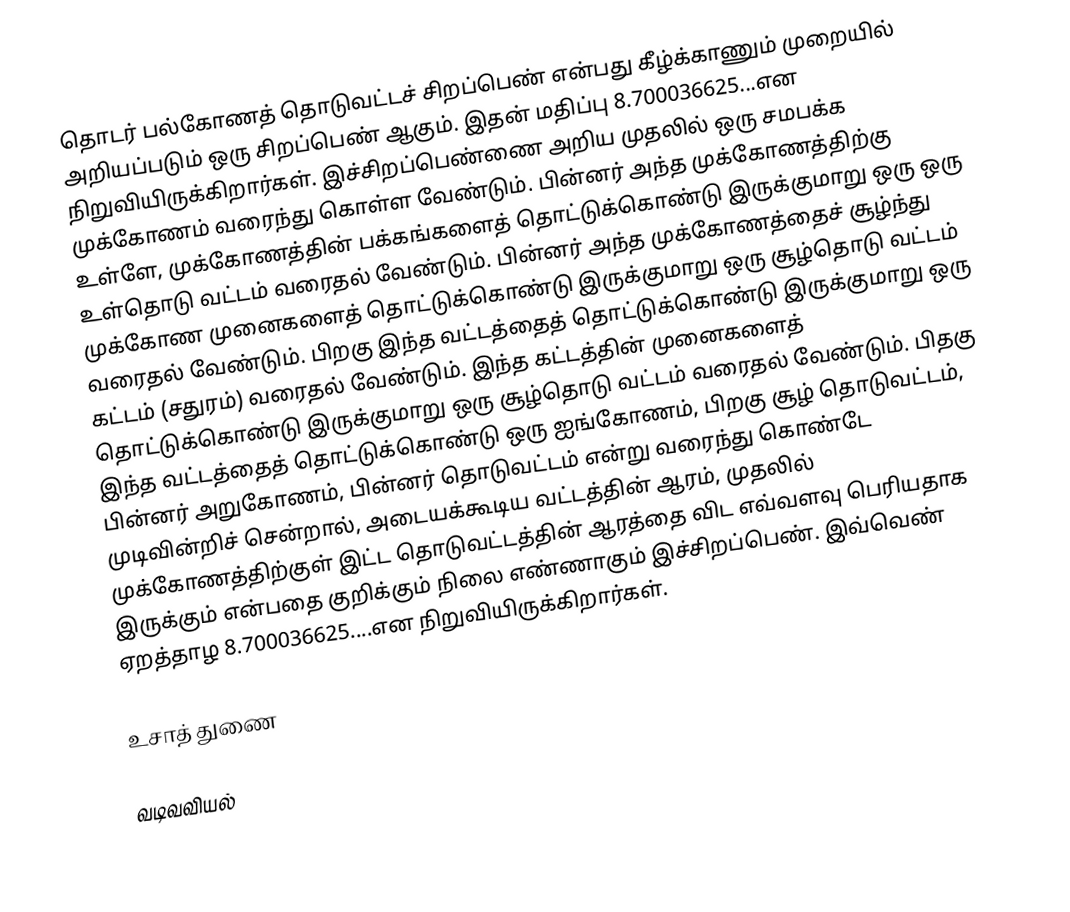
தொடர் பல்கோணத் தொடுவட்டச் சிறப்பெண் என்பது கீழ்க்காணும் முறையில் அறியப்படும் ஒரு சிறப்பெண் ஆகும். இதன் மதிப்பு 8.700036625...என நிறுவியிருக்கிறார்கள். இச்சிறப்பெண்ணை அறிய முதலில் ஒரு சமபக்க முக்கோணம் வரைந்து கொள்ள வேண்டும். பின்னர் அந்த முக்கோணத்திற்கு உள்ளே, முக்கோணத்தின் பக்கங்களைத் தொட்டுக்கொண்டு இருக்குமாறு ஒரு ஒரு உள்தொடு வட்டம் வரைதல் வேண்டும். பின்னர் அந்த முக்கோணத்தைச் சூழ்ந்து முக்கோண முனைகளைத் தொட்டுக்கொண்டு இருக்குமாறு ஒரு சூழ்தொடு வட்டம் வரைதல் வேண்டும். பிறகு இந்த வட்டத்தைத் தொட்டுக்கொண்டு இருக்குமாறு ஒரு கட்டம் (சதுரம்) வரைதல் வேண்டும். இந்த கட்டத்தின் முனைகளைத் தொட்டுக்கொண்டு இருக்குமாறு ஒரு சூழ்தொடு வட்டம் வரைதல் வேண்டும். பிதகு இந்த வட்டத்தைத் தொட்டுக்கொண்டு ஒரு ஐங்கோணம், பிறகு சூழ் தொடுவட்டம், பின்னர் அறுகோணம், பின்னர் தொடுவட்டம் என்று வரைந்து கொண்டே முடிவின்றிச் சென்றால், அடையக்கூடிய வட்டத்தின் ஆரம், முதலில் முக்கோணத்திற்குள் இட்ட தொடுவட்டத்தின் ஆரத்தை விட எவ்வளவு பெரியதாக இருக்கும் என்பதை குறிக்கும் நிலை எண்ணாகும் இச்சிறப்பெண். இவ்வெண் ஏறத்தாழ  8.700036625....என நிறுவியிருக்கிறார்கள்.

உசாத் துணை

வடிவவியல்